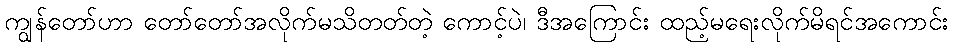
ကျွန်တော်ဟာ တော်တော်အလိုက်မသိတတ်တဲ့ ကောင့်ပဲ၊ ဒီအကြောင်း ထည့်မရေးလိုက်မိရင်အကောင်း